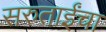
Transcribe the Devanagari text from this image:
सरुताईंचा